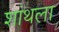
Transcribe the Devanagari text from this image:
शांथला